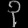
Digit: ၃